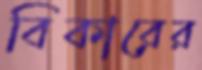
বিকারের